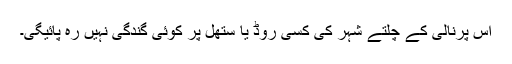
اس پرنالی کے چلتے شہر کی کسی روڈ یا ستھل پر کوئی گندگی نہیں رہ پائیگی۔